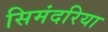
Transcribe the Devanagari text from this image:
सिमंदरिया